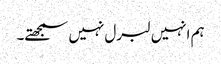
ہم انہیں لبرل نہیں سمجھتے۔